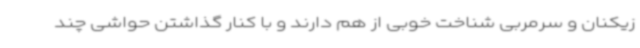
زیکنان و سرمربی شناخت خوبی از هم دارند و با کنار گذاشتن حواشی چند